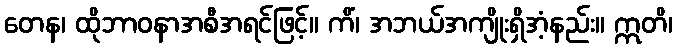
တေန၊ ထိုဘာဝနာအစီအရင်ဖြင့်။ ကိံ၊ အဘယ်အကျိုးရှိအံ့နည်း။ ဣတိ၊